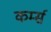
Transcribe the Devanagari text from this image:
कर्म्स